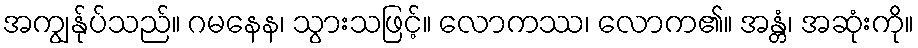
အကျွန်ုပ်သည်။ ဂမနေန၊ သွားသဖြင့်။ လောကဿ၊ လောက၏။ အန္တံ၊ အဆုံးကို။